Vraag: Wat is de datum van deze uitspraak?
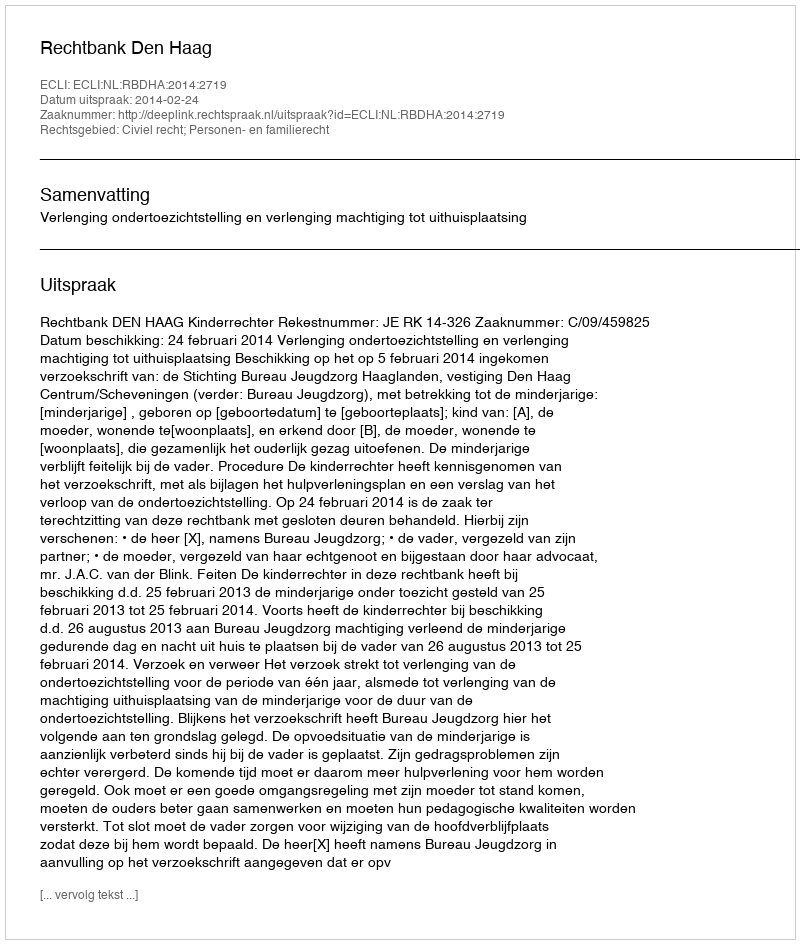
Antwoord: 2014-02-24